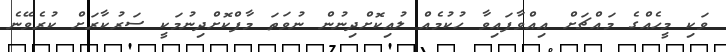
ވަކި މީހެއްގެ މައްޗަށް އިއްވާފައިވާ ހުކުމެއް ލުއިކޮށްދިނުން ނުވަތަ މާފްކޮށްދިނުމަކީ ސަރުކާރަށް ކުރެވޭނެ